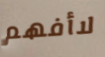
لاأفهم